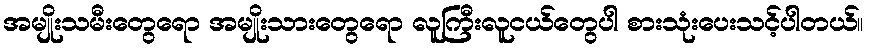
အမျိုးသမီးတွေရော အမျိုးသားတွေရော လူကြီးလူငယ်တွေပါ စားသုံးပေးသင့်ပါတယ်။